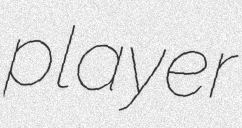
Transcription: player